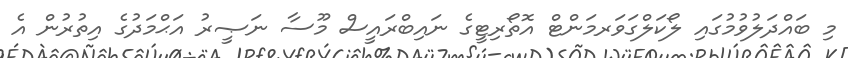
މި ބައްދަލުވުމުގައި ލޯކަލްގަވަރމަންޓް އޮތޯރިޓީގެ ނައިބްރައީސް މޫސާ ނަޞީރު އަޙްމަދުގެ އިތުރުން އެ